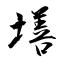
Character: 墡